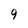
Character: 9